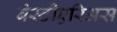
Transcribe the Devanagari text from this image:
बेस्टीएरिअस